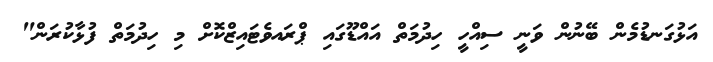
އަޅުގަނޑުމެން ބޭނުން ވަނީ ސިއްހީ ހިދުމަތް އައްޑޫގައި ޕްރައވެޓައިޒްކޮށް މި ހިދުމަތް ފުޅާކުރަން"